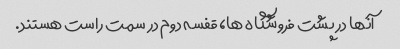
آنها در پشت فروشگاه ها، قفسه دوم در سمت راست هستند.